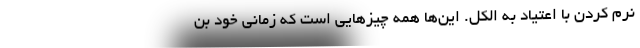
نرم کردن با اعتیاد به الکل. این‌ها همه چیزهایی است که زمانی خود بن